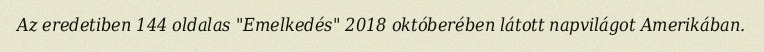
Az eredetiben 144 oldalas "Emelkedés" 2018 októberében látott napvilágot Amerikában.